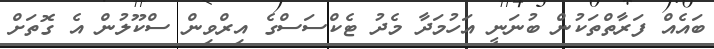
ބައެއް ފަރާތްތަކުން ބުނަނީ އަހުމަދާ މެދު ޓެކްސަސްގެ އިރްވިން ސްކޫލުން އެ ގޮތަށް